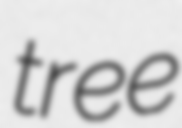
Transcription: tree